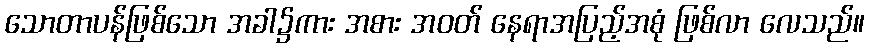
သောတာပန်ဖြစ်သော အခါ၌ကား အစား အဝတ် နေရာအပြည့်အစုံ ဖြစ်လာ လေသည်။